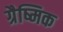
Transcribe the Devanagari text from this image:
ग्रैष्मिक